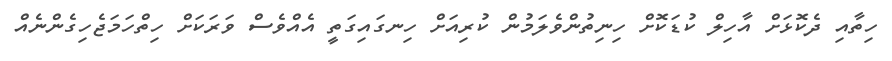
ހިތާއި ދެކޮޅަށް އާހިލް ކުޑަކޮށް ހިނިތުންވެލަމުން ކުރިއަށް ހިނގައިގަތީ އެއްވެސް ވަރަކަށް ހިތްހަމަޖެހިގެންނެއް